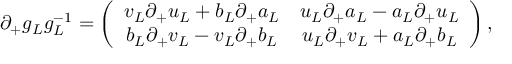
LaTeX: \partial _ { + } g _ { L } g _ { L } ^ { - 1 } = \left( \begin{array} { c c } { { v _ { L } \partial _ { + } u _ { L } + b _ { L } \partial _ { + } a _ { L } } } & { { u _ { L } \partial _ { + } a _ { L } - a _ { L } \partial _ { + } u _ { L } } } \\ { { b _ { L } \partial _ { + } v _ { L } - v _ { L } \partial _ { + } b _ { L } } } & { { u _ { L } \partial _ { + } v _ { L } + a _ { L } \partial _ { + } b _ { L } } } \end{array} \right) ,